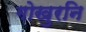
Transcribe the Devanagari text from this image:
गोखुरनि